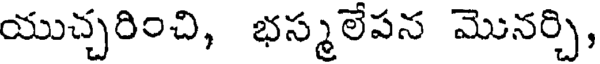
యుచ్చరించి, భస్మలేపన మొనర్చి,